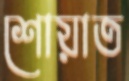
শোয়াত